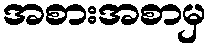
အစားအစာမှ